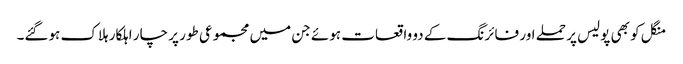
منگل کو بھی پولیس پر حملے اور فائرنگ کے دو واقعات ہوئے جن میں مجموعی طور پر چار اہلکار ہلاک ہوگئے۔